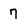
Character: 7